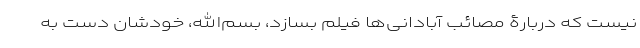
نیست که دربارۀ مصائب آبادانی‌ها فیلم بسازد، بسم‌الله، خودشان دست به